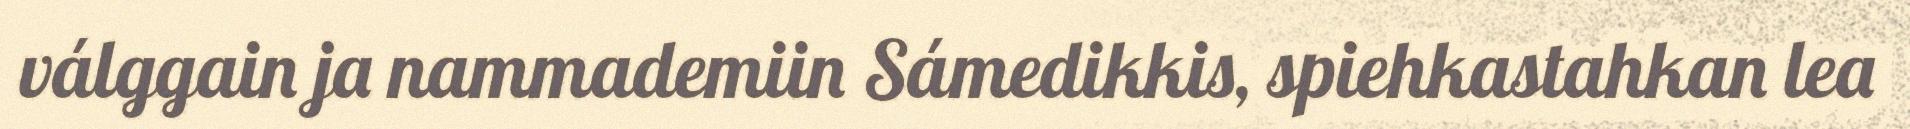
válggain ja nammademiin Sámedikkis, spiehkastahkan lea